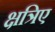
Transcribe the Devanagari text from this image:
क्षत्रिए